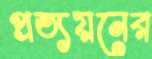
প্রত্যয়নের